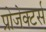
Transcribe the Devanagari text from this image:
प्रोजेक्टर्स